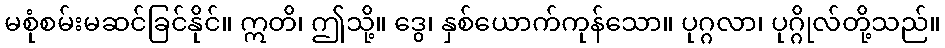
မစုံစမ်းမဆင်ခြင်နိုင်။ ဣတိ၊ ဤသို့။ ဒွေ၊ နှစ်ယောက်ကုန်သော။ ပုဂ္ဂလာ၊ ပုဂ္ဂိုလ်တို့သည်။